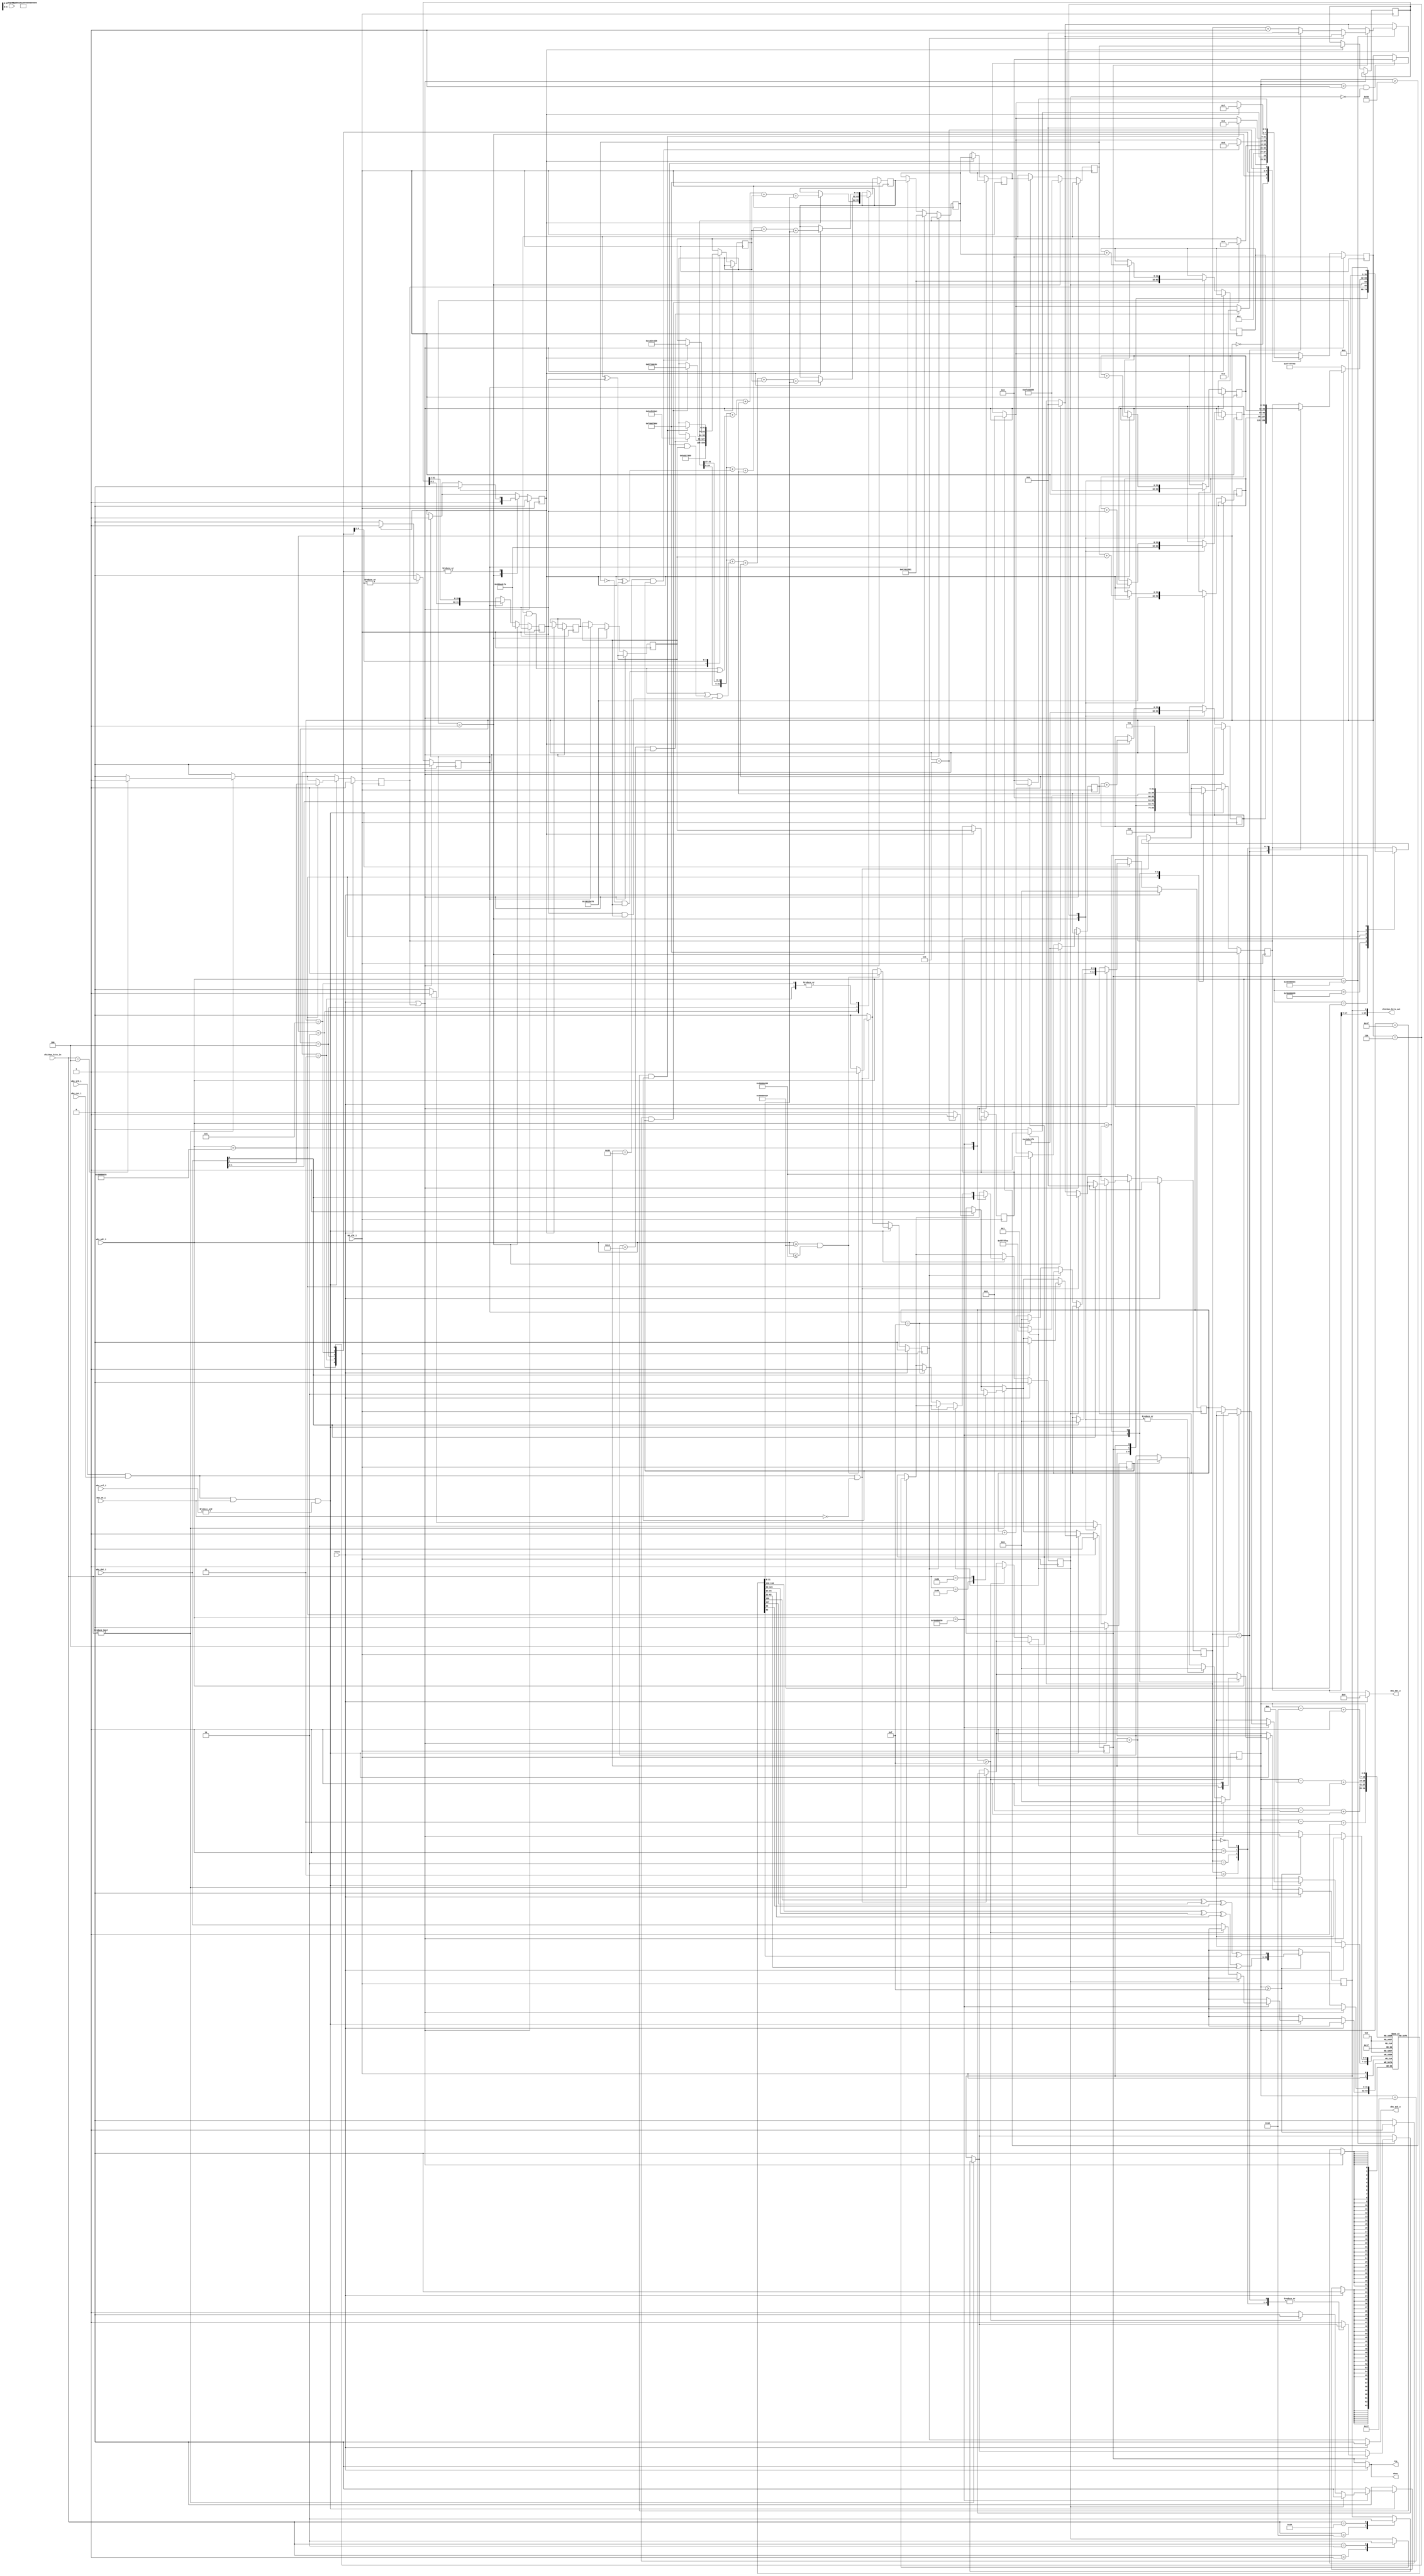
module sha1_wb #(
    parameter    [31:0] BASE_ADDRESS   = 32'h30000024,
    parameter  IDX_WIDTH = 6,
    parameter  DATA_WIDTH = 32
    ) (
    input wire reset,
    input wire [7:0] chicken_bits_in,
    output wire [15:0] chicken_bits_out,
    output wire done,
    output wire irq,

    /* WishBone logic */

    input wire wb_clk_i,
    input wire wb_rst_i,
    input wire wbs_stb_i, /* strobe */
    input wire wbs_cyc_i,
    input wire wbs_we_i,
    input wire [3:0] wbs_sel_i,
    input wire [31:0] wbs_dat_i,
    input wire [31:0] wbs_adr_i,
    output wire wbs_ack_o,
    output wire [31:0] wbs_dat_o

);
    wire wb_active = wbs_stb_i & wbs_cyc_i;

    reg [31:0] buffer;
    reg [31:0] buffer_o;

    reg sha1_on;
    reg sha1_reset;
    reg sha1_panic;
    reg sha1_done;
    wire finish;
    reg [2:0] sha1_digest_idx;
    reg [6:0] sha1_msg_idx;
    reg transmit;

    wire [159:0] digest;
    reg [DATA_WIDTH-1:0] message[79:0];
    reg [IDX_WIDTH:0] index;

    localparam STATE_INIT   = 0;
    localparam STATE_START  = 1;
    localparam LOOP_ONE     = 2; /* Really  0 <= i <= 19 */
    localparam LOOP_TWO     = 3; /*         20        39 */
    localparam LOOP_THREE   = 4; /*         40        59 */
    localparam LOOP_FOUR    = 5; /*         60        79 */
    localparam STATE_DONE   = 6;
    localparam STATE_FINAL  = 7;
    localparam STATE_PANIC  = 8;
    reg [3:0] state;

    wire [DATA_WIDTH-1:0] w;
    wire [DATA_WIDTH-1:0] a_left_5;
    wire [DATA_WIDTH-1:0] w_left_1;
    wire [DATA_WIDTH-1:0] b_old_left_30;

    reg [DATA_WIDTH-1:0] a;
    reg [DATA_WIDTH-1:0] a_old;
    reg [DATA_WIDTH-1:0] b;
    reg [DATA_WIDTH-1:0] b_old;
    reg [DATA_WIDTH-1:0] c;
    reg [DATA_WIDTH-1:0] c_old;
    reg [DATA_WIDTH-1:0] d;
    reg [DATA_WIDTH-1:0] d_old;
    reg [DATA_WIDTH-1:0] e;
    reg [DATA_WIDTH-1:0] e_old;

    reg [DATA_WIDTH-1:0] k;
    reg [DATA_WIDTH-1:0] f;
    reg [DATA_WIDTH-1:0] temp;
    reg [DATA_WIDTH-1:0] temp_old;

    reg [DATA_WIDTH-1:0] h0;
    reg [DATA_WIDTH-1:0] h1;
    reg [DATA_WIDTH-1:0] h2;
    reg [DATA_WIDTH-1:0] h3;
    reg [DATA_WIDTH-1:0] h4;

    reg panic;
    reg inc_counter;
    reg copy_values;
    reg compute;

    /* CTRL_GET parameters. */
    localparam CTRL_GET_NR		= BASE_ADDRESS;
    localparam CTRL_NR 			= 4;

    localparam CTRL_GET_ID		= BASE_ADDRESS + 'h4;
    localparam CTRL_ID			= 32'h53484131; /* SHA1 */
    localparam DEFAULT			= 32'hf00df00d;
    /*
     * When writing: The [2:0] are operations.
     * When reading: [10:4] in what loop we are [0->79]. [1:0] are operations.
     */
    localparam CTRL_SHA1_OPS    = BASE_ADDRESS + 'h8;
    localparam ON			    = 4'b0001;
    localparam OFF			    = 4'b0000;
    localparam RESET			= 4'b0010;
    localparam PANIC			= 4'b0100; /* Can only be read. */
    localparam DONE			    = 4'b1000; /* Can only be read. */

    /* This requires 16 CTRL_MSG_IN and after that we start processing. */
    localparam CTRL_MSG_IN		= BASE_ADDRESS + 'hC;
    localparam ACK			    = 32'h0000001;
    localparam EINVAL			= 32'hfffffea; /* -14 */

    /* Five reads for the digest. */
    localparam CTRL_SHA1_DIGEST 		= BASE_ADDRESS + 'h10;
    localparam EBUSY            = 32'hfffffff0; /* -10 */
    localparam CTRL_PANIC 			= BASE_ADDRESS + 'h14;

    always @(posedge wb_clk_i) begin
        if (reset) begin
            buffer_o <= DEFAULT;
            buffer <= DEFAULT;
            sha1_panic <= 1'b0;
            transmit <= 1'b0;
            sha1_msg_idx <= 0;
            sha1_digest_idx <= 0;
            sha1_done <= 0;
            sha1_reset <= 1'b1; /* Reset the SHA1 compute engine */
            sha1_on <= 1'b0;
        end else begin
            if (transmit)
                transmit <= 1'b0;

            if (sha1_reset) begin
                sha1_digest_idx <= 0;
                sha1_reset <= 1'b0;
            end
            if (finish)
                sha1_done <= 1'b1;
            if (chicken_bits_in) begin
		case (chicken_bits_in[7:0])
		   8'b0000_0001: sha1_on <= 1'b1;
		   8'b0000_0010: sha1_on <= 1'b0;
		   8'b0000_0100: sha1_reset <= 1'b1;
		   8'b0000_1000: sha1_reset <= 1'b0;
		   8'b0001_0000: sha1_panic <= 1'b1;
		   8'b0010_0000: sha1_panic <= 1'b0;
		   8'b0100_0000: sha1_done <= 1'b1;
		   8'b1000_0000: sha1_done <= 1'b0;
		   default: ;
                endcase
            end
            if (wb_active && !wbs_we_i) begin
                case (wbs_adr_i)
                    CTRL_GET_NR:
                    begin
                        buffer_o <= CTRL_NR;
                    end
                    CTRL_GET_ID:
                        buffer_o <= CTRL_ID;
                    CTRL_MSG_IN:
                        buffer_o <= EINVAL;
                    CTRL_SHA1_OPS:
                        buffer_o <= {21'b0, index, sha1_done, sha1_panic, sha1_reset, sha1_on};
                    CTRL_SHA1_DIGEST:
                    begin
                        if (sha1_done) begin
                            case (sha1_digest_idx)
                                'h4: buffer_o <= h4;
                                'h3: buffer_o <= h3;
                                'h2: buffer_o <= h2;
                                'h1: buffer_o <= h1;
                                'h0: buffer_o <= h0;
                                default: sha1_panic <= 1'b1;
                            endcase
                            if (!transmit) begin
                                if (sha1_digest_idx == 4)
                                    sha1_digest_idx <= 0;
                                else
                                    sha1_digest_idx <= sha1_digest_idx + 1'b1;
                            end
                        end else
                            buffer_o <= EBUSY;
                    end
                    CTRL_PANIC:
                        buffer_o <= {31'b0, sha1_panic};
                endcase
                if ((wbs_adr_i[31:0] >= BASE_ADDRESS) && (wbs_adr_i <= CTRL_PANIC))
                    transmit <= 1'b1;
            end
		    /* Write case */
            if (wb_active && wbs_we_i && &wbs_sel_i) begin
                case (wbs_adr_i)
                    CTRL_SHA1_OPS:
                    begin
                        sha1_on <= wbs_dat_i[0];
                        sha1_reset <= wbs_dat_i[1];
                        if (wbs_dat_i[0]) begin
                            sha1_msg_idx <= 0;
                            sha1_done <= 0;
                            sha1_digest_idx <= 0;
                        end
                        buffer_o <= {21'b0, index, sha1_done, sha1_panic, wbs_dat_i[1], wbs_dat_i[0]};
                    end
                    CTRL_MSG_IN:
                    begin
                        if (sha1_on)
                            buffer_o <= EINVAL;
                        else begin
                            buffer_o <= ACK;
                            if (sha1_msg_idx > 15)
                                    sha1_panic <= 1'b1;
                            else
                                message[sha1_msg_idx] <= wbs_dat_i;
                            if (!transmit) begin
                                if (sha1_msg_idx == 'hf) begin
                                    sha1_on <= 1'b1;
                                    sha1_msg_idx <= 0;
                                end else
                                    sha1_msg_idx <= sha1_msg_idx + 1'b1;
                            end
                        end
                    end
                    CTRL_PANIC:
                    begin
                        sha1_panic <= 1'b1;
                        buffer <= wbs_dat_i;
                        buffer_o <= ACK;
                    end
                endcase
                if ((wbs_adr_i[31:0] >= BASE_ADDRESS) && (wbs_adr_i <= CTRL_PANIC))
                    transmit <= 1'b1;
            end
        end
    end

    always @(posedge wb_clk_i) begin
        if (reset || sha1_reset) begin
            state <= STATE_INIT;
            temp <= DEFAULT;
            index <= 0;
            panic <= 0;
            inc_counter <= 1'b0;
            copy_values <= 1'b0;
            compute <= 1'b0;
        end else begin
            /* We are running and someone turned it off. */
            if ((index > 1) && !sha1_on)
                state <= STATE_INIT;

            /* Never should happen. TODO: Remove*/
            if (index > 80) begin
                panic <= 1'b1;
                state <= STATE_PANIC;
            end
            /* Increment if allowed to increment counter. */
            if (inc_counter) begin
                index <= index + 1'b1;
                inc_counter <= 1'b0;
            end
            /*
             * Every LOOP_ call ends up with copying the data, so
             * make it generic
             */
            if (compute) begin
                a_old <= a;
                b_old <= b;
                c_old <= c;
                d_old <= d;
            end
            if (copy_values) begin
                e <= d_old;
                d <= c_old;
                c <= b_old_left_30;
                b <= a_old;
                a <= temp;
                copy_values <= 1'b0;
                compute <= 1'b1;
                inc_counter <= 1'b1;
            end
            /*
             * For t = 16 to 79
             * w[i] = (w[i-3] xor w[i-8] xor w[i-14] xor w[i-16]) leftrotate 1
             *
             * This means we need this ready before we get to index=16 hence
             * the +1 adjustment for every offset.
             */
            if (index >= 15) begin
                message[index+1] <= {(message[index-3+1][30:0] ^ message[index-8+1][30:0] ^
                                     message[index-14+1][30:0] ^ message[index-16+1][30:0]),
                                     (message[index-3+1][31] ^ message[index-8+1][31] ^
                                      message[index-14+1][31] ^ message[index-16+1][31])};
            end
            case (state)
                STATE_INIT: begin
                    if (sha1_on)
                        state <= STATE_START;
                    else
                        state <= STATE_INIT;
                end
                STATE_START: begin
                    a <= 32'h67452301;
                    h0 <= 32'h67452301;
                    b <= 32'hEFCDAB89;
                    h1 <= 32'hEFCDAB89;
                    c <= 32'h98BADCFE;
                    h2 <= 32'h98BADCFE;
                    d <= 32'h10325476;
                    h3 <=  32'h10325476;
                    e <= 32'hC3D2E1F0;
                    h4 <= 32'hC3D2E1F0;

                    state <= LOOP_ONE;
                    k <= 32'h5A827999;
                    index <= 0;
                    inc_counter <= 1'b1;
                    compute <= 1'b1;
                    copy_values <= 1'b0;
                end

                LOOP_ONE: begin
                    if ((index == 19) && (inc_counter)) begin
                        state <= LOOP_TWO;
                        k <= 32'h6ED9EBA1;
                    end

                    if (compute) begin
                    /* f = (b and c) or ((not b) and d) */
                    /* temp = (a leftrotate 5) + f + e + k + w[i] */
                        temp <= (a_left_5) + ((b & c) | (~b) & d) + e + k + w;
                        copy_values <= 1'b1;
                        compute <= 1'b0;
                    end
                end
                LOOP_TWO: begin
                    if ((index == 39) && (inc_counter)) begin
                        state <= LOOP_THREE;
                        k <= 32'h8F1BBCDC;
                    end
                    if (compute) begin
                    /* f = b xor c xor d */
                    /* temp = (a leftrotate 5) + f + e + k + w[i] */
                        temp <= (a_left_5) + (b ^ c ^ d) + e + k + w;
                        copy_values <= 1'b1;
                        compute <= 1'b0;
                    end
                end
                LOOP_THREE: begin
                    if ((index == 59) && (inc_counter)) begin
                        state <= LOOP_FOUR;
                        k <= 32'hCA62C1D6;
                    end
                    if (compute) begin
                    /* f = (b and c) or (b and d) or (c and d) */
                    /* temp = (a leftrotate 5) + f + e + k + w[i] */
                        temp <= (a_left_5) + ((b & c) | (b & d) | (c & d)) + e + k + w;
                        copy_values <= 1'b1;
                        compute <= 1'b0;
                    end
                end
                LOOP_FOUR: begin
                    if ((index == 79)  && (inc_counter)) begin
                        state <= STATE_DONE;
                        k <= DEFAULT;
                    end
                    if (compute) begin
                    /* f = b xor c xor d
                    /* temp = (a leftrotate 5) + f + e + k + w[i] */
                        temp <= (a_left_5) + (b ^ c ^ d) + e + k + w;
                        copy_values <= 1'b1;
                        compute <= 1'b0;
                    end
                end
                STATE_DONE: begin
                    index <= 0;
                    inc_counter <= 1'b0;
                    if (compute) begin
                        h0 <= h0 + a;
                        h1 <= h1 + b;
                        h2 <= h2 + c;
                        h3 <= h3 + d;
                        h4 <= h4 + e;
                        state <= STATE_FINAL;
                        copy_values <= 1'b0;
                        compute <= 1'b0;
                    end
                end
                STATE_FINAL: begin
                    if (!sha1_on)
                        state <= STATE_INIT;
                end
                STATE_PANIC: begin
                end
            endcase
        end
    end

    assign a_left_5 = {a[26:0], a[31:27]};
    assign b_old_left_30 = {b_old[1:0], b_old[31:2]};

    /* Provides the w[index] funcionality */
    assign w =  message[index];

    assign digest = {h0, h1, h2, h3, h4};

    assign finish = (state == STATE_FINAL) ? 1'b1 : 1'b0;

    assign wbs_ack_o = reset ? 1'b0 : transmit;

    assign wbs_dat_o = reset ? 32'b0 : buffer_o;

    assign done = reset ? 1'b0 : sha1_done;

    assign irq = reset ? 1'b0: sha1_done;

    assign chicken_bits_out = {buffer_o[14:0], sha1_panic};
endmodule